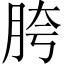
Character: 胯